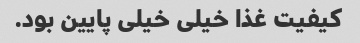
کیفیت غذا خیلی خیلی پایین بود.